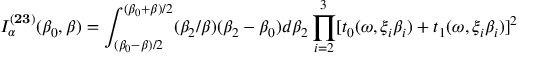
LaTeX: I _ { \alpha } ^ { ( { \bf 2 3 } ) } ( { \beta } _ { 0 } , { \beta } ) = \int _ { ( { \beta } _ { 0 } - { \beta } ) / 2 } ^ { ( { \beta } _ { 0 } + { \beta } ) / 2 } ( { \beta } _ { 2 } / { \beta } ) ( { \beta } _ { 2 } - { \beta } _ { 0 } ) d { \beta } _ { 2 } \prod _ { i = 2 } ^ { 3 } [ t _ { 0 } ( { \omega } , { \xi } _ { i } { \beta } _ { i } ) + t _ { 1 } ( { \omega } , { \xi } _ { i } { \beta } _ { i } ) ] ^ { 2 }